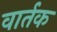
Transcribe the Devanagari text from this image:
वार्तक